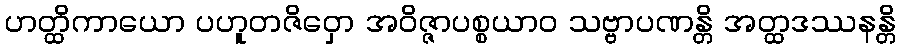
ဟတ္ထိကာယော ပဟူတဇိဝှော အဝိဇ္ဇာပစ္စယာဝ သဗ္ဗာပဏန္တိ အတ္ထဒဿနန္တိ